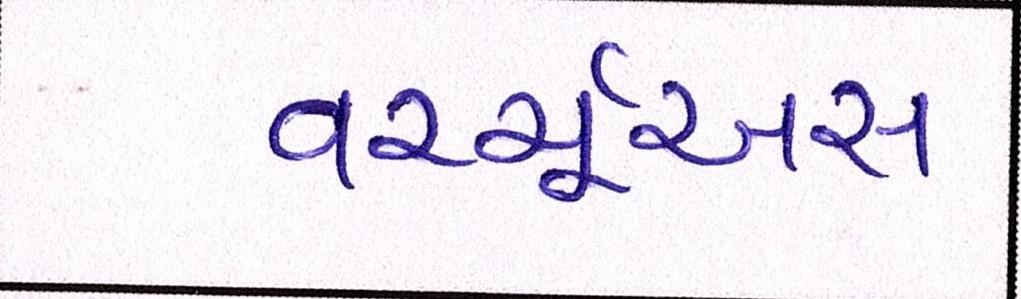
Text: વર્ચ્યૂઅસ